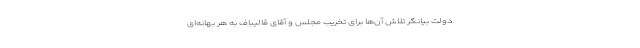
دولت بیانگر تلاش آن‌ها برای تخریب مجلس و آقای قالیباف به هر بهانه‌ای